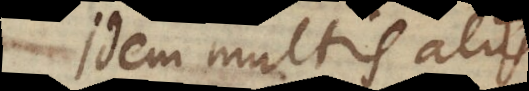
Idem multis aliis